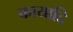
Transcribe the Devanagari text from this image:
कायादि